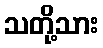
သတို့သား